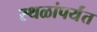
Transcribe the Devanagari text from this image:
स्थळांपर्यंत